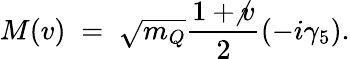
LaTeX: M(v)\; =\; \sqrt{m_{Q}}\frac{1+\not v}{2}(-i\gamma_{5}).